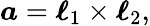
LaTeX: \boldsymbol{a}=\boldsymbol{\ell}_{1}\times\boldsymbol{\ell}_{2},